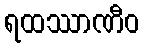
ရထဿာဏီဝ